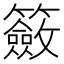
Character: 籢